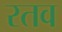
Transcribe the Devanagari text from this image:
रतव